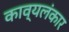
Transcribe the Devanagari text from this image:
काव्यलंकार